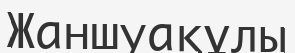
Жаншуақұлы